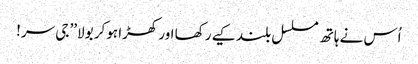
اُس نے ہاتھ مسلسل بلند کیے رکھا اور کھڑا ہوکر بولا’’ جی سر!